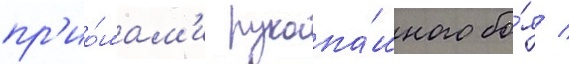
пр'ио́мам'и рукопа́шного бо́я /